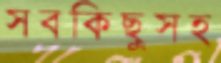
সবকিছুসহ